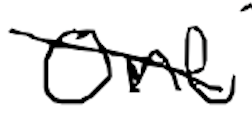
Text: one
Cross-out: diagonal
Writing tool: digital_black